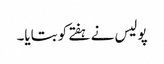
پولیس نے ہفتے کو بتایا۔